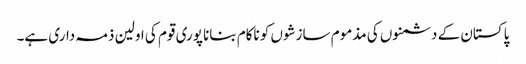
پاکستان کے دشمنوں کی مذموم سازشوں کو ناکام بنانا پوری قوم کی اولین ذمہ داری ہے۔